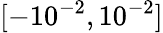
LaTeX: [-10^{-2},10^{-2}]